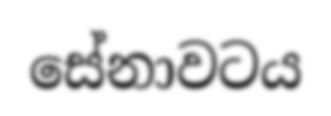
සේනාවටය